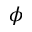
\phi